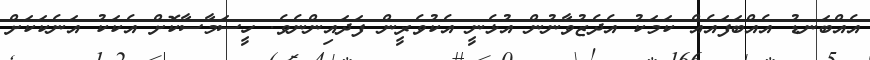
އެއްބަނޑު އެއްބަފައެއް ކަމަކު އެދެޒުވާނުން އުޅެނީ އެކުވެރީން ފަދައިންނެވެ. ހީސަމާސާކޮށް އެކަކު އަނެކަކަށް